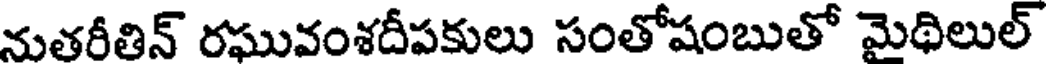
నుతరీతిన్ రఘువంశదీపకులు సంతోషంబుతో మైథిలుల్